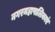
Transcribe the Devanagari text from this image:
नगरमहापालिकाएं